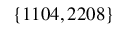
\{ 1 1 0 4 , 2 2 0 8 \}